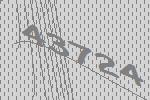
43724